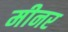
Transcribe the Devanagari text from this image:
मीनर